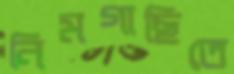
নিমগাছিতে